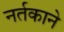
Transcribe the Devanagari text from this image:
नर्तकाने